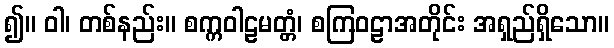
၍။ ဝါ၊ တစ်နည်း။ စက္ကဝါဠမတ္တံ၊ စကြဝဠာအတိုင်း အရှည်ရှိသော။